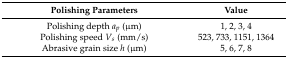
| Polishing Parameters | Value |
 | --- | --- |
 | Polishing depth ap (μm) | 1, 2, 3, 4 |
 | Polishing speed Vs (mm/s) | 523, 733, 1151, 1364 |
 | Abrasive grain size h (μm) | 5, 6, 7, 8 |